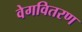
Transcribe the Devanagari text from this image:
वेगवितरण